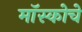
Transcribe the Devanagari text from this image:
मॉस्कोचे